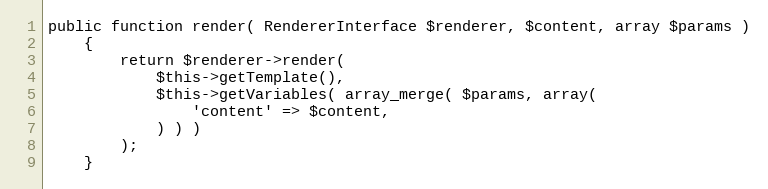
Language: PHP
public function render( RendererInterface $renderer, $content, array $params )
    {
        return $renderer->render(
            $this->getTemplate(),
            $this->getVariables( array_merge( $params, array(
                'content' => $content,
            ) ) )
        );
    }